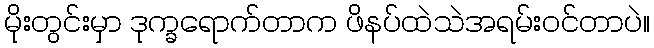
မိုးတွင်းမှာ ဒုက္ခရောက်တာက ဖိနပ်ထဲသဲအရမ်းဝင်တာပဲ။